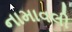
નામાવલી